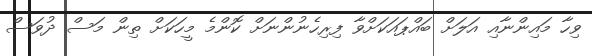
ވިހާ މައިންނާއި އަލަށް ބައްޕައަކަށްވާ ފިރިހެނުންނަށް ކޮންމެ މީހަކަށް ތިން މަސް ދުވަސް